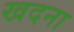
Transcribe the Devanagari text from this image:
खदना